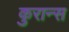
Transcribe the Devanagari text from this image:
कुरान्स